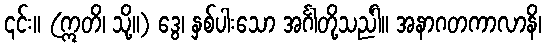
၎င်း။ (ဣတိ၊ သို့။) ဒွေ၊ နှစ်ပါးသော အင်္ဂါတို့သည်ါ။ အနာဂတကာလာနိ၊